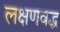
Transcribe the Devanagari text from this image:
लक्षणवद्ध